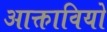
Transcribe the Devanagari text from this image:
आक्तावियो